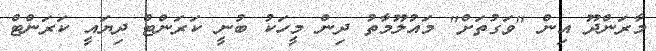
މާރަންދޫ އިން "ވަގުތަށް" މައުލޫމާތު ދިން މީހަކު ބުނީ ކަރަންޓް ދިޔައީ ކަރަންޓް